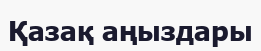
Қазақ аңыздары